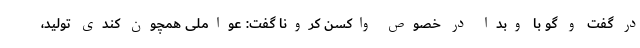
در گفت و گو با وبدا در خصوص واکسن کرونا گفت: عواملی همچون کندی تولید،